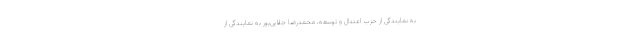
به نمایندگی از حزب اعتدال و توسعه، محمدرضا جلایی‌پور به نمایندگی از